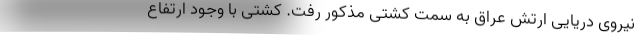
نیروی دریایی ارتش عراق به سمت کشتی مذکور رفت. کشتی با وجود ارتفاع